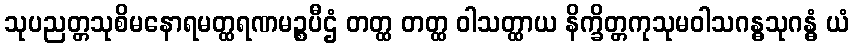
သုပညတ္တသုစိမနောရမတ္ထရဏမဉ္စပီဌံ တတ္ထ တတ္ထ ဝါသတ္ထာယ နိက္ခိတ္တကုသုမဝါသဂန္ဓသုဂန္ဓံ ယံ